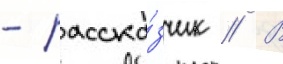
- расска́зчик // В